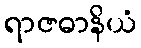
ရာဇဓာနိယံ